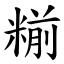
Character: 糋